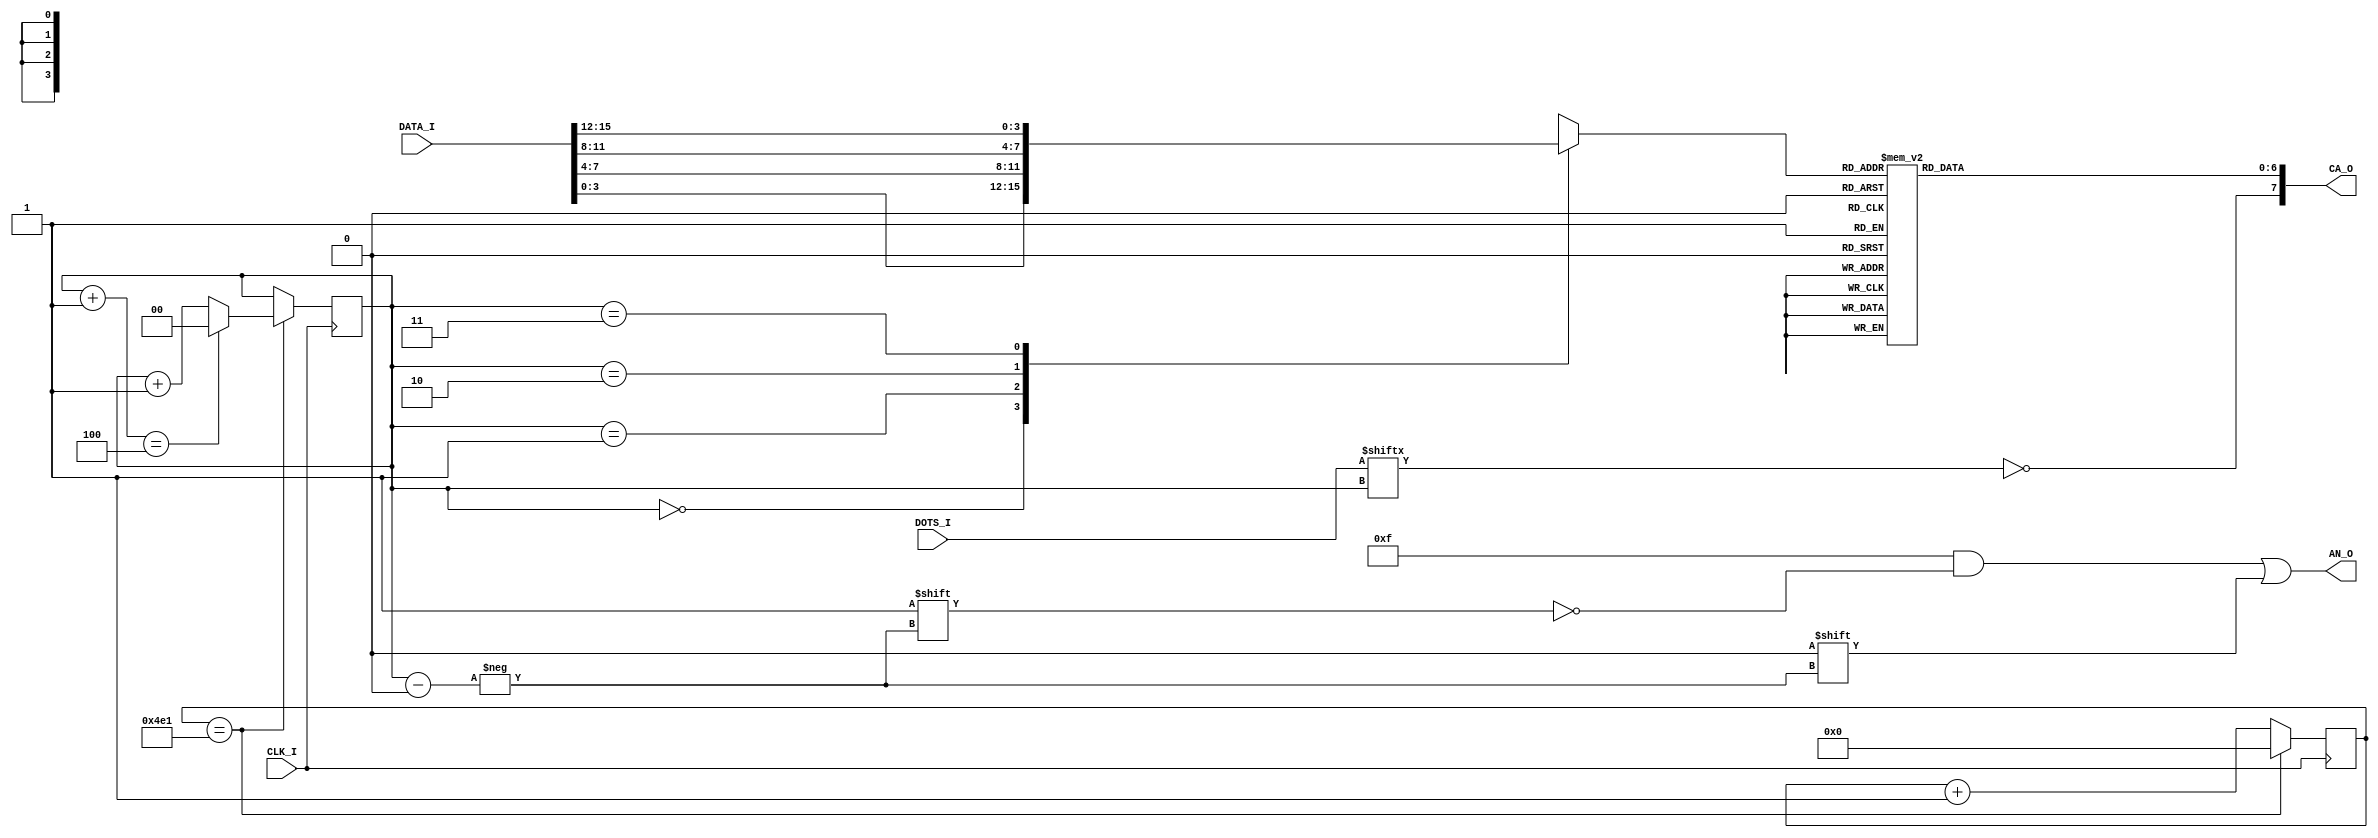
module Seven_Segment_Display #(
										parameter	
										CLOCKFREQ	= 100,	//MHz
										DIGITS		= 4
										)
														
(
input		wire								CLK_I,
input		wire		[DIGITS*4-1:0]		DATA_I,
input		wire		[DIGITS-1:0]		DOTS_I,
output	reg		[DIGITS-1:0]		AN_O,
output	wire		[7:0]					CA_O
);

///////////////////////////////////////////////////////////////////////
// MODULE SPECIFIC PARAMETER DECLARATIONS
///////////////////////////////////////////////////////////////////////

	parameter 	integer		DISP_FREQ			=	20*DIGITS;
	parameter	integer		DISP_FREQ_CYCLES	=	(CLOCKFREQ*1000/DISP_FREQ);	//Check this
	
	parameter					ZERO					=	7'b1000000;	//Codes for the cathode ray tubes
	parameter					ONE					=	7'b1111001;	
	parameter					TWO					=	7'b0100100;
	parameter					THREE					=	7'b0110000;
	parameter					FOUR					=	7'b0011001;
	parameter					FIVE					=	7'b0010010;
	parameter					SIX					=	7'b0000010;
	parameter					SEVEN					=	7'b1111000;		
	parameter					EIGHT					=	7'b0000000;
	parameter					NINE					=	7'b0010000;
	parameter					A						=	7'b0001000;	//"A"
	parameter					B						=	7'b0000011;
	parameter					C						=	7'b1000110;
	parameter					D						=	7'b0100001;
	parameter					E						=	7'b0000110;
	parameter					F						=	7'b0001110;
	parameter					DEFAULT				=	7'b0001001;	//"H" is the default. Not required here since we cover all cases
	
///////////////////////////////////////////////////////////////////////
// PORTS ORIGINATING IN MODULE
///////////////////////////////////////////////////////////////////////

	reg		[$clog2(DISP_FREQ_CYCLES)-1:0]		refreshCnt;
	reg		[$clog2(DIGITS)-1:0]						DigitNo;
	reg		[3:0]											Digit;
	reg		[6:0]											HexDigit;
	wire														Dot;
	wire														DisplayCLK;

///////////////////////////////////////////////////////////////////////////////////////
// SYNTHESIS SPECIFIC INSTRUCTIONS
///////////////////////////////////////////////////////////////////////////////////////

	initial
		begin
			refreshCnt	=	'b0;
			DigitNo		=	'b0;
		end
	
///////////////////////////////////////////////////////////////////////
// DISPLAY PROCESS
///////////////////////////////////////////////////////////////////////	

	always@(Digit)
		case(Digit)
			0	:	HexDigit	=	ZERO;
			1	:	HexDigit	=	ONE;
			2	:	HexDigit	=	TWO;
			3	:	HexDigit	=	THREE;
			4	:	HexDigit	=	FOUR;
			5	:	HexDigit	=	FIVE;
			6	:	HexDigit	=	SIX;
			7	:	HexDigit	=	SEVEN;
			8	:	HexDigit	=	EIGHT;
			9	:	HexDigit	=	NINE;
			10	:	HexDigit	=	A;
			11	:	HexDigit	=	B;	
			12	:	HexDigit	=	C;
			13	:	HexDigit	=	D;	
			14	:	HexDigit	=	E;
			15	:	HexDigit	=	F;
			
			default:	HexDigit	=	DEFAULT;
		endcase
		
	always@(DATA_I,DigitNo)
		case(DigitNo)
        0   :  Digit = DATA_I[3:0];
        1  	:	Digit = DATA_I[7:4];
        2   :  Digit = DATA_I[11:8];
        3   :  Digit = DATA_I[15:12];
		  
			default: Digit = DEFAULT;
		endcase
	
	assign	Dot	=	~DOTS_I[DigitNo];
	assign	CA_O	=	{Dot,HexDigit};
	
		always@(posedge CLK_I)
			if(refreshCnt	==	DISP_FREQ_CYCLES-1)
			refreshCnt	<=	'b0;
			else
			refreshCnt	<=	refreshCnt + 1'b1;
			
		always@(posedge CLK_I)
			if(refreshCnt	==	DISP_FREQ_CYCLES-1)
				if((DigitNo+1) ==	DIGITS)
				DigitNo	<=	'b0;
				else
				DigitNo	<=	DigitNo + 1'b1;
				
		always@(DigitNo)
			begin
				AN_O				<=	4'hF;
				AN_O[DigitNo]	<=	1'b0;
			end
		
	
endmodule